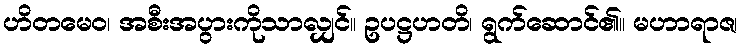
ဟိတမေဝ၊ အစီးအပွားကိုသာလျှင်။ ဥပဋ္ဌဟတိ၊ ရွက်ဆောင်၏။ မဟာရာဇ၊